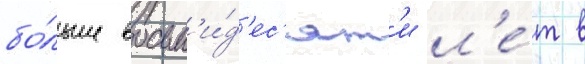
бо́льше восьм'и́д'ес'ят'и л'е́т в